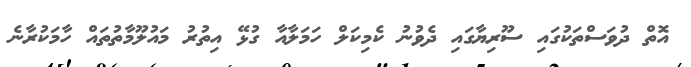
އޮތް ދުވަސްތަކުގައި ސޫރިޔާގައި ދެވުނު ކެމިކަލް ހަމަލާއާ ގުޅޭ އިތުރު މައުލޫމާތުތައް ހާމަކުރާނެ